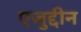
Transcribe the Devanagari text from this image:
एजुद्दीन